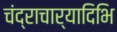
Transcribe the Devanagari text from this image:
चंद्राचार्यादिभि